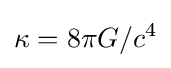
\kappa =8\pi G/c^{4}